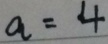
a = 4